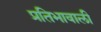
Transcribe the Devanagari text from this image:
प्रतिभावाली